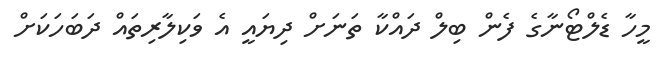
މީހާ ޑެލްޓޯނާގެ ފެން ބިލް ދައްކާ ތަނަށް ދިޔައީ އެ ވަކިލާރިތައް ދަބަހަކަށް